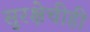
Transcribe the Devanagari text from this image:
सुरक्षेचीही